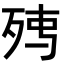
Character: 𭮉